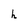
Character: h